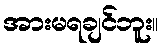
အားမရချင်ဘူး။